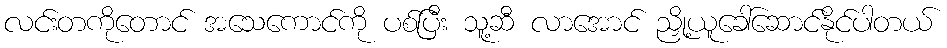
လင်းတကိုတောင် အသေကောင်ကို ပစ်ပြီး သူ့ဆီ လာအောင် ညှို့ယူခေါ်ဆောင်နိုင်ပါတယ်